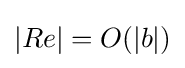
|Re|=O(|b|)